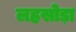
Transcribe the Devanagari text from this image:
लहसोड़ा